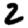
Digit: 2